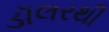
ડૉલરથી